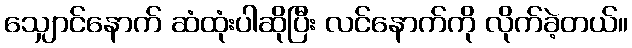
သျှောင်နောက် ဆံထုံးပါဆိုပြီး လင်နောက်ကို လိုက်ခဲ့တယ်။